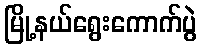
မြို့နယ်ရွေးကောက်ပွဲ